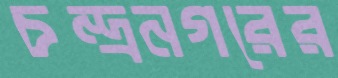
চন্দ্রনগরের